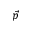
\vec { p }